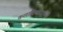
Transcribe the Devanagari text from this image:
कलाविष्कारासाठी